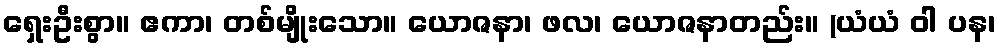
ရှေးဦးစွာ။ ဧကာ၊ တစ်မျိုးသော။ ယောဇနာ၊ ဖလ၊ ယောဇနာတည်း။ (ယံယံ ဝါ ပန၊